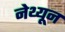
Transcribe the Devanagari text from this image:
नेथ्यून